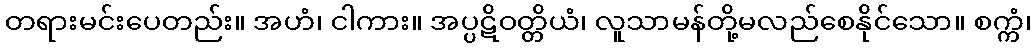
တရားမင်းပေတည်း။ အဟံ၊ ငါကား။ အပ္ပဋိဝတ္တိယံ၊ လူသာမန်တို့မလည်စေနိုင်သော။ စက္ကံ၊